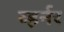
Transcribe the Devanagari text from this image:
व्हर्नर